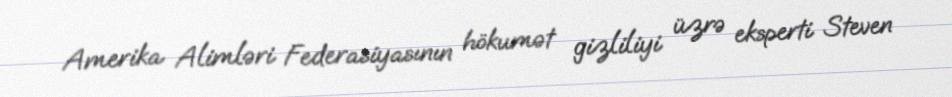
Amerika Alimləri Federasiyasının hökumət gizliliyi üzrə eksperti Steven